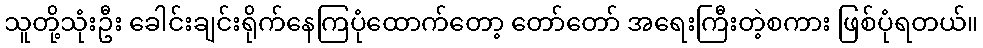
သူတို့သုံးဦး ခေါင်းချင်းရိုက်နေကြပုံထောက်တော့ တော်တော် အရေးကြီးတဲ့စကား ဖြစ်ပုံရတယ်။